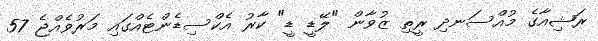
ރަޝިއާގެ މުއްސަނދި ރީތި ޒުވާން "ލޭޑީ ޑީ" ކާރު އެކްސިޑެންޓެއްގައި މަރުވެއްޖެ 57